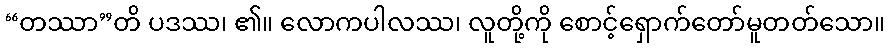
“တဿာ”တိ ပဒဿ၊ ၏။ လောကပါလဿ၊ လူတို့ကို စောင့်ရှောက်တော်မူတတ်သော။